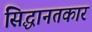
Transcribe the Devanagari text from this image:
सिद्धानतकार